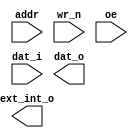
/***********************************





************************************/


module plic(
input [7:0]addr,
input wr_n,
input oe,
input [31:0]dat_i,
output[31:0]dat_o,
output ext_int_o
);



endmodule